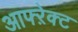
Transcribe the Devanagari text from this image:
आफ्ऱेक्ट